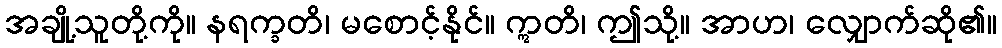
အချို့သူတို့ကို။ နရက္ခတိ၊ မစောင့်နိုင်။ ဣတိ၊ ဤသို့။ အာဟ၊ လျှောက်ဆို၏။